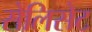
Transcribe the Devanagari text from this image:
सेलिसेट